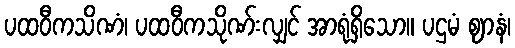
ပထဝီကသိဏံ၊ ပထဝီကသိုဏ်းလျှင် အာရုံရှိသော။ ပဌမံ ဈာနံ၊